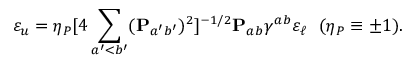
\varepsilon _ { u } = \eta _ { P } [ 4 \sum _ { a ^ { \prime } < b ^ { \prime } } ( { \bf P } _ { a ^ { \prime } b ^ { \prime } } ) ^ { 2 } ] ^ { - 1 / 2 } { \bf P } _ { a b } \gamma ^ { a b } \varepsilon _ { \ell } \ \ ( \eta _ { P } \equiv \pm 1 ) .